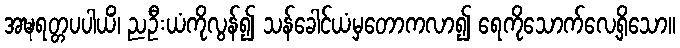
အဍ္ဎရတ္တပပါယိံ၊ ညဦးယံကိုလွန်၍ သန်ခေါင်ယံမှတောကလာ၍ ရေကိုသောက်လေ့ရှိသော။